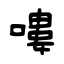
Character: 嘍